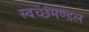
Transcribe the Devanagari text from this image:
स्‍वच्‍छमण्‍डल